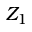
Z _ { 1 }